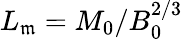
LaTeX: L_{\mathfrak{m}}=M_{0}/B_{0}^{2/3}